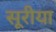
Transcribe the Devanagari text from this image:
सूरीया